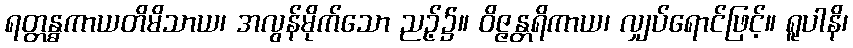
ရတ္တန္ဓကာယတိမိသာယ၊ အလွန်မိုက်သော ညဉ့်၌။ ဝိဇ္ဇန္တရိကာယ၊ လျှပ်ရောင်ဖြင့်။ ရူပါနိ၊